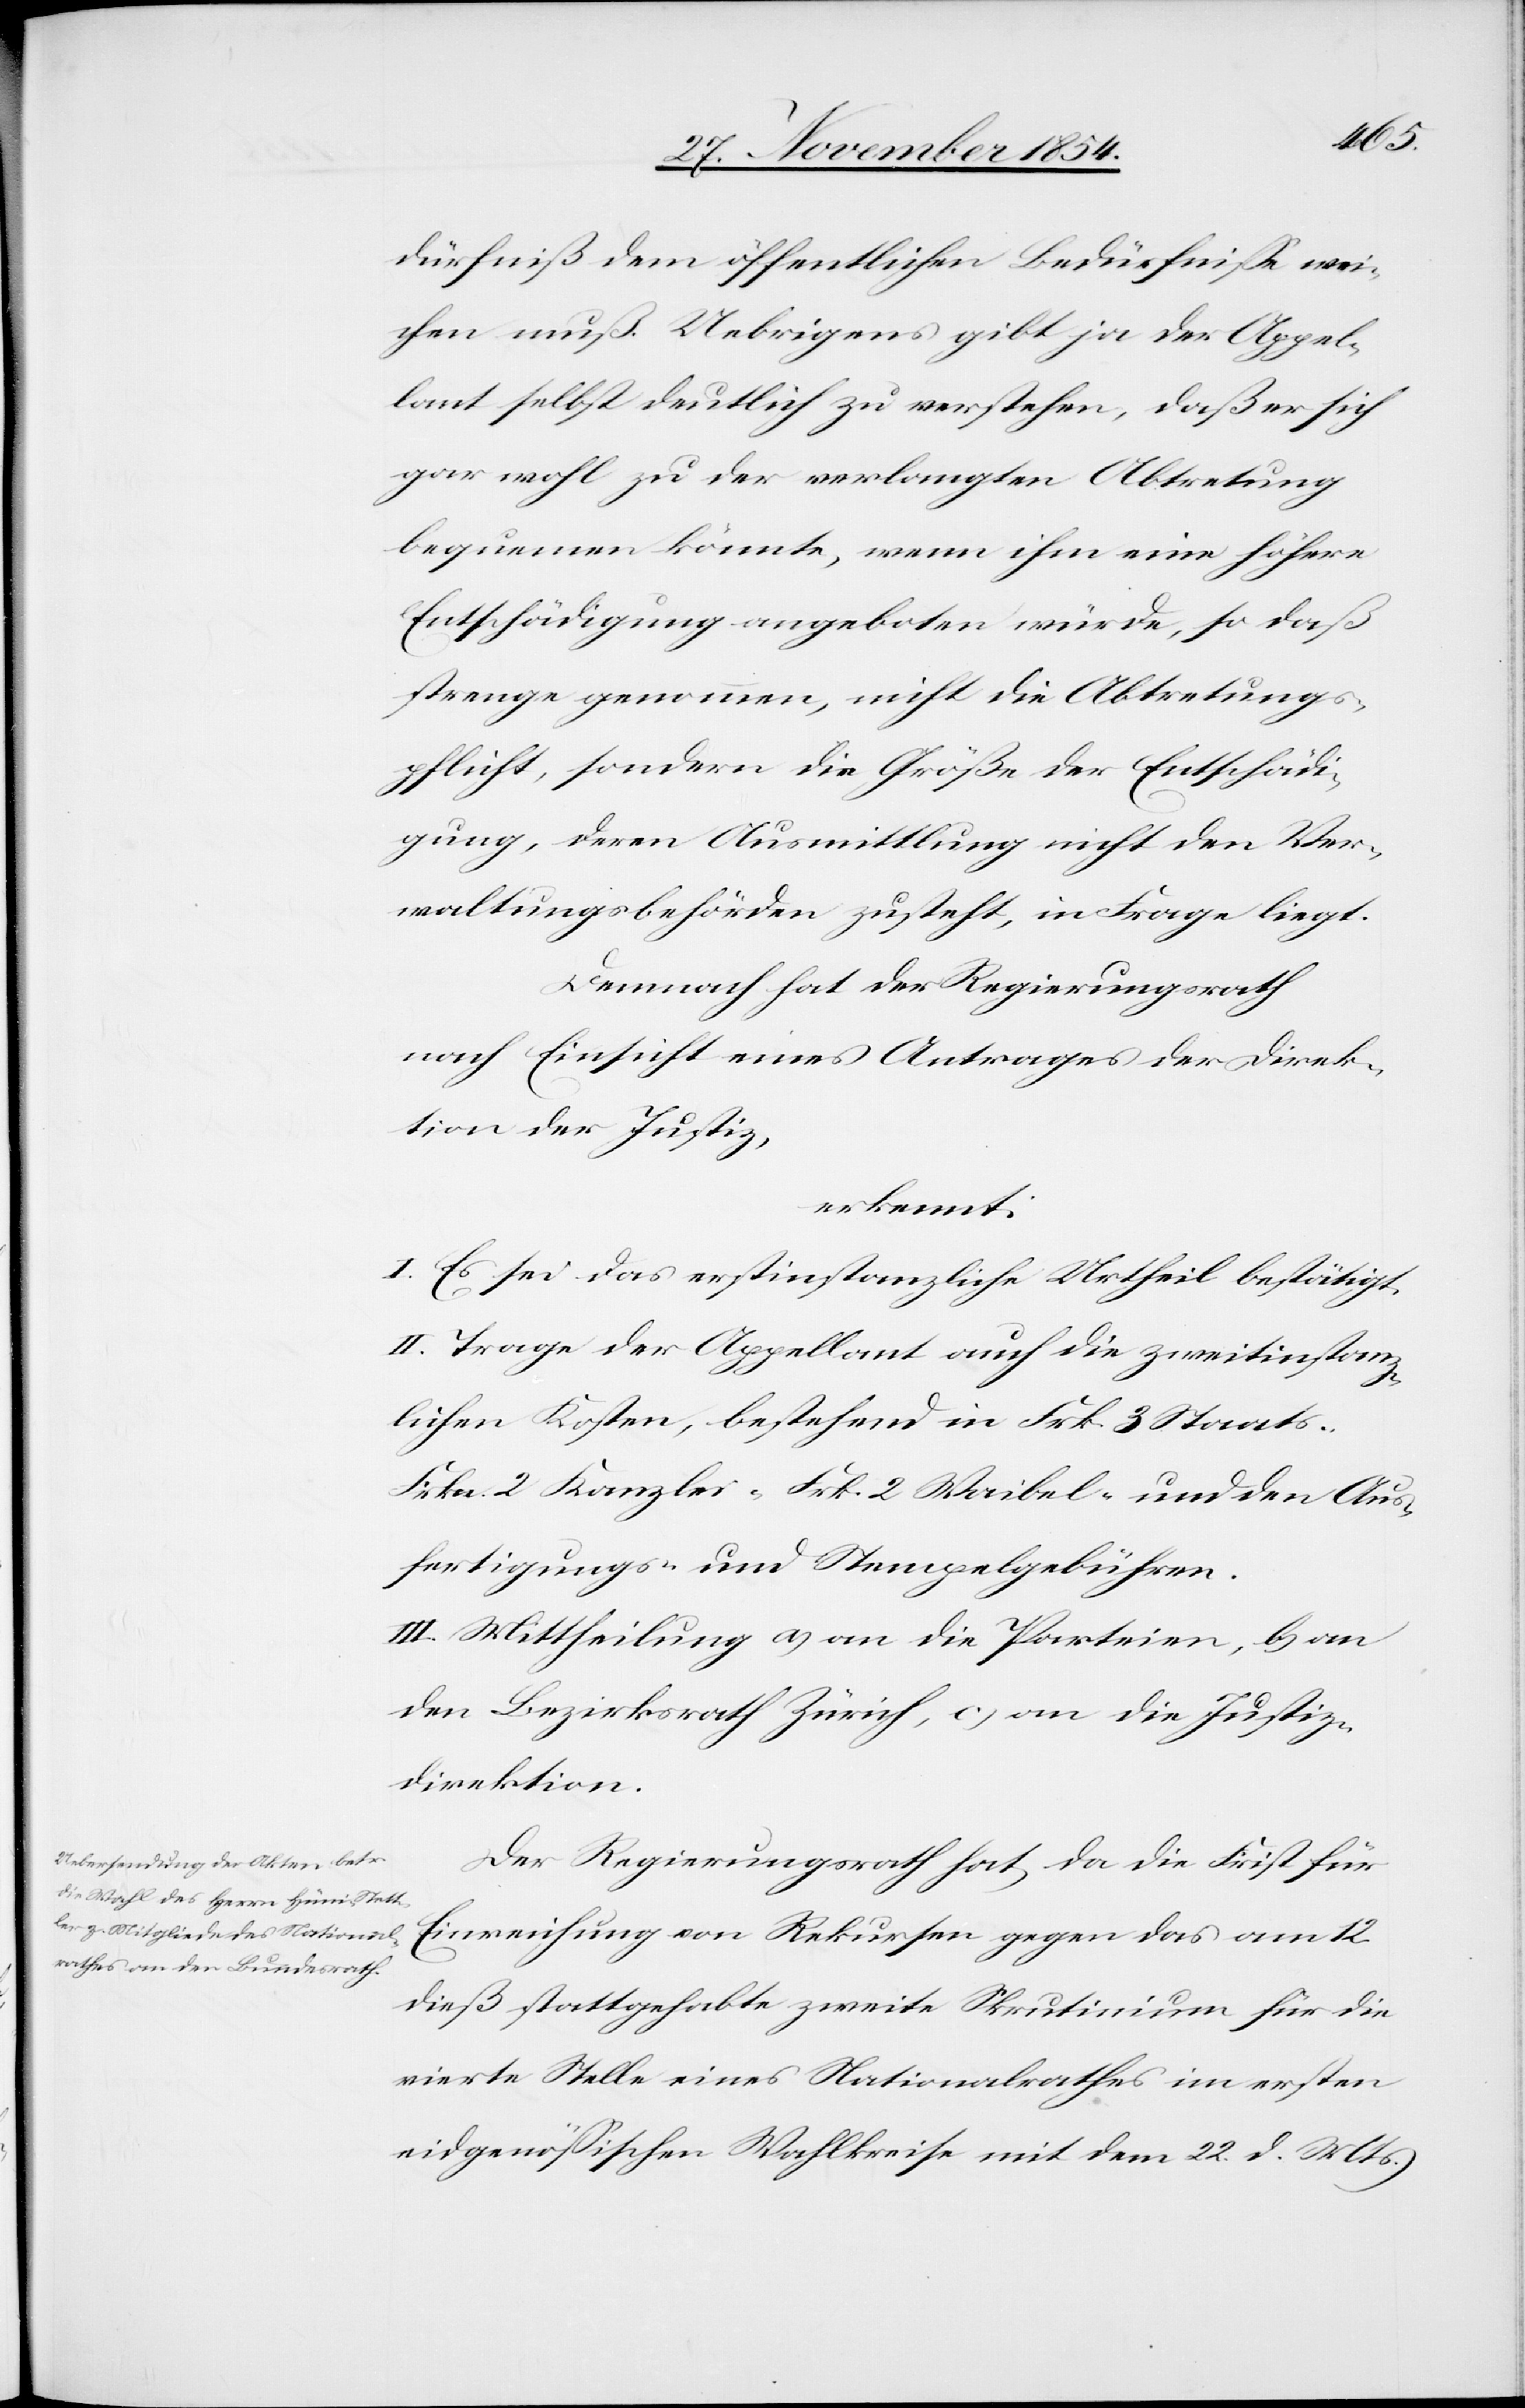
dürfniß dem öffentlichen Bedürfniße wei¬
chen muß. Uebrigens gibt ja der Appel¬
lant selbst deutlich zu verstehen, daß er sich
gar wohl zu der verlangten Abtretung
bequemen könnte, wenn ihm eine höhere
Entschädigung angeboten würde, so daß
strenge genommen, nicht die Abtretungs¬
pflicht, sondern die Größe der Entschädi¬
gung, deren Ausmittlung nicht den Ver¬
waltungsbehörden zusteht, in Frage liegt.
Demnach hat der Regierungsrath
nach Einsicht eines Antrages der Direk¬
tion der Justiz,
erkennt:
I. Es sei das erstinstanzliche Urtheil bestätigt.
II. Trage der Appellant auch die zweitinstanz¬
lichen Kosten, bestehend in Frk. 3 Staats-[,]
Frk. 2 Kanzlei-[,] Frk. 2 Waibel- und den Aus¬
fertigungs- und Stempelgebühren.
III. Mittheilung a) an die Parteien, b) an
den Bezirksrath Zürich, b) an die Justiz¬
direktion.
Der Regierungsrath hat, da die Frist für
Einreichung von Rekursen gegen das am 12.
dieß stattgehabte zweite Skrutinium für die
vierte Stele eines Nationalrathes im ersten
eidgenößischen Wahlkreise mit dem 22. d. Mts.